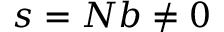
s = N b \neq 0